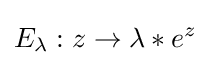
E_{\lambda }:z\to \lambda *e^{z}